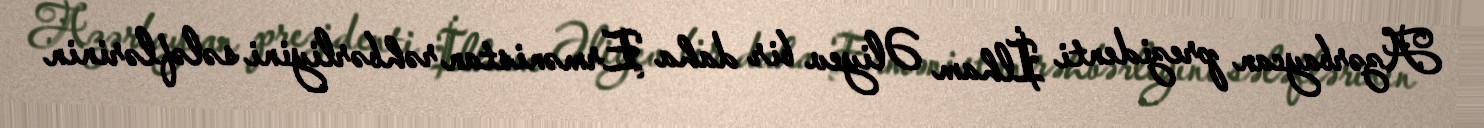
Azərbaycan prezidenti İlham Əliyev bir daha Ermənistan rəhbərliyini sələflərinin